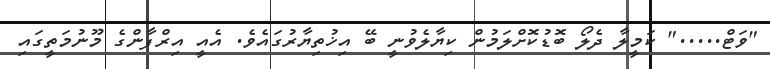
"ވަޓް....." ކަމީލާ ދެލޯ ބޮޑުކޮށްލަމުން ކިޔާލެވުނީ ބޭ އިޚުތިޔާރުގައެވެ. އެއީ އިރްފާންގެ މޫނުމަތީގައި